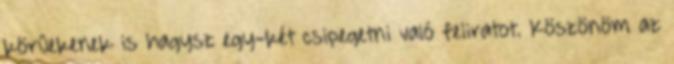
körűekenek is hagysz egy-két csipegetni való feliratot. Köszönöm az